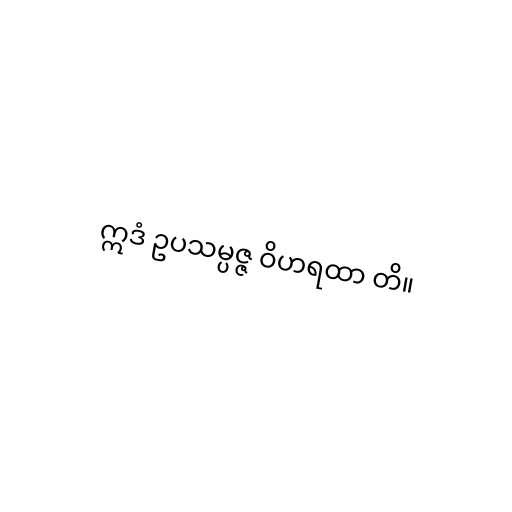
ဣဒံ ဥပသမ္ပဇ္ဇ ဝိဟရထာ တိ။